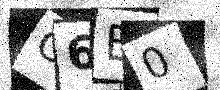
Text: O6B0